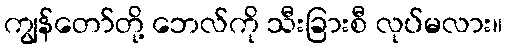
ကျွန်တော်တို့ ဘေလ်ကို သီးခြားစီ လုပ်မလား။